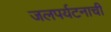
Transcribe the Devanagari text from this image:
जलपर्यटनाची